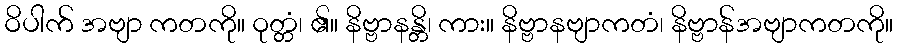
ဝိပါက် အဗျာ ကတကို။ ဝုတ္တံ၊ ၏။ နိဗ္ဗာနန္တိ၊ ကား။ နိဗ္ဗာနဗျာကတံ၊ နိဗ္ဗာန်အဗျာကတကို။